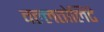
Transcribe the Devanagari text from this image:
वल्लतोलिंटे